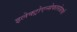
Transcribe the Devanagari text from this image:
इलेक्ट्रोएन्सेफालोग्राफी